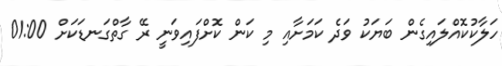
ހަލާކުކޮއްލައިގެން ބަޔަކު ވަދެ ކަމަށާއި މި ކަން ކޮށްފައިވަނީ ރޭ ގާތްގަނޑަކަށް 01:00